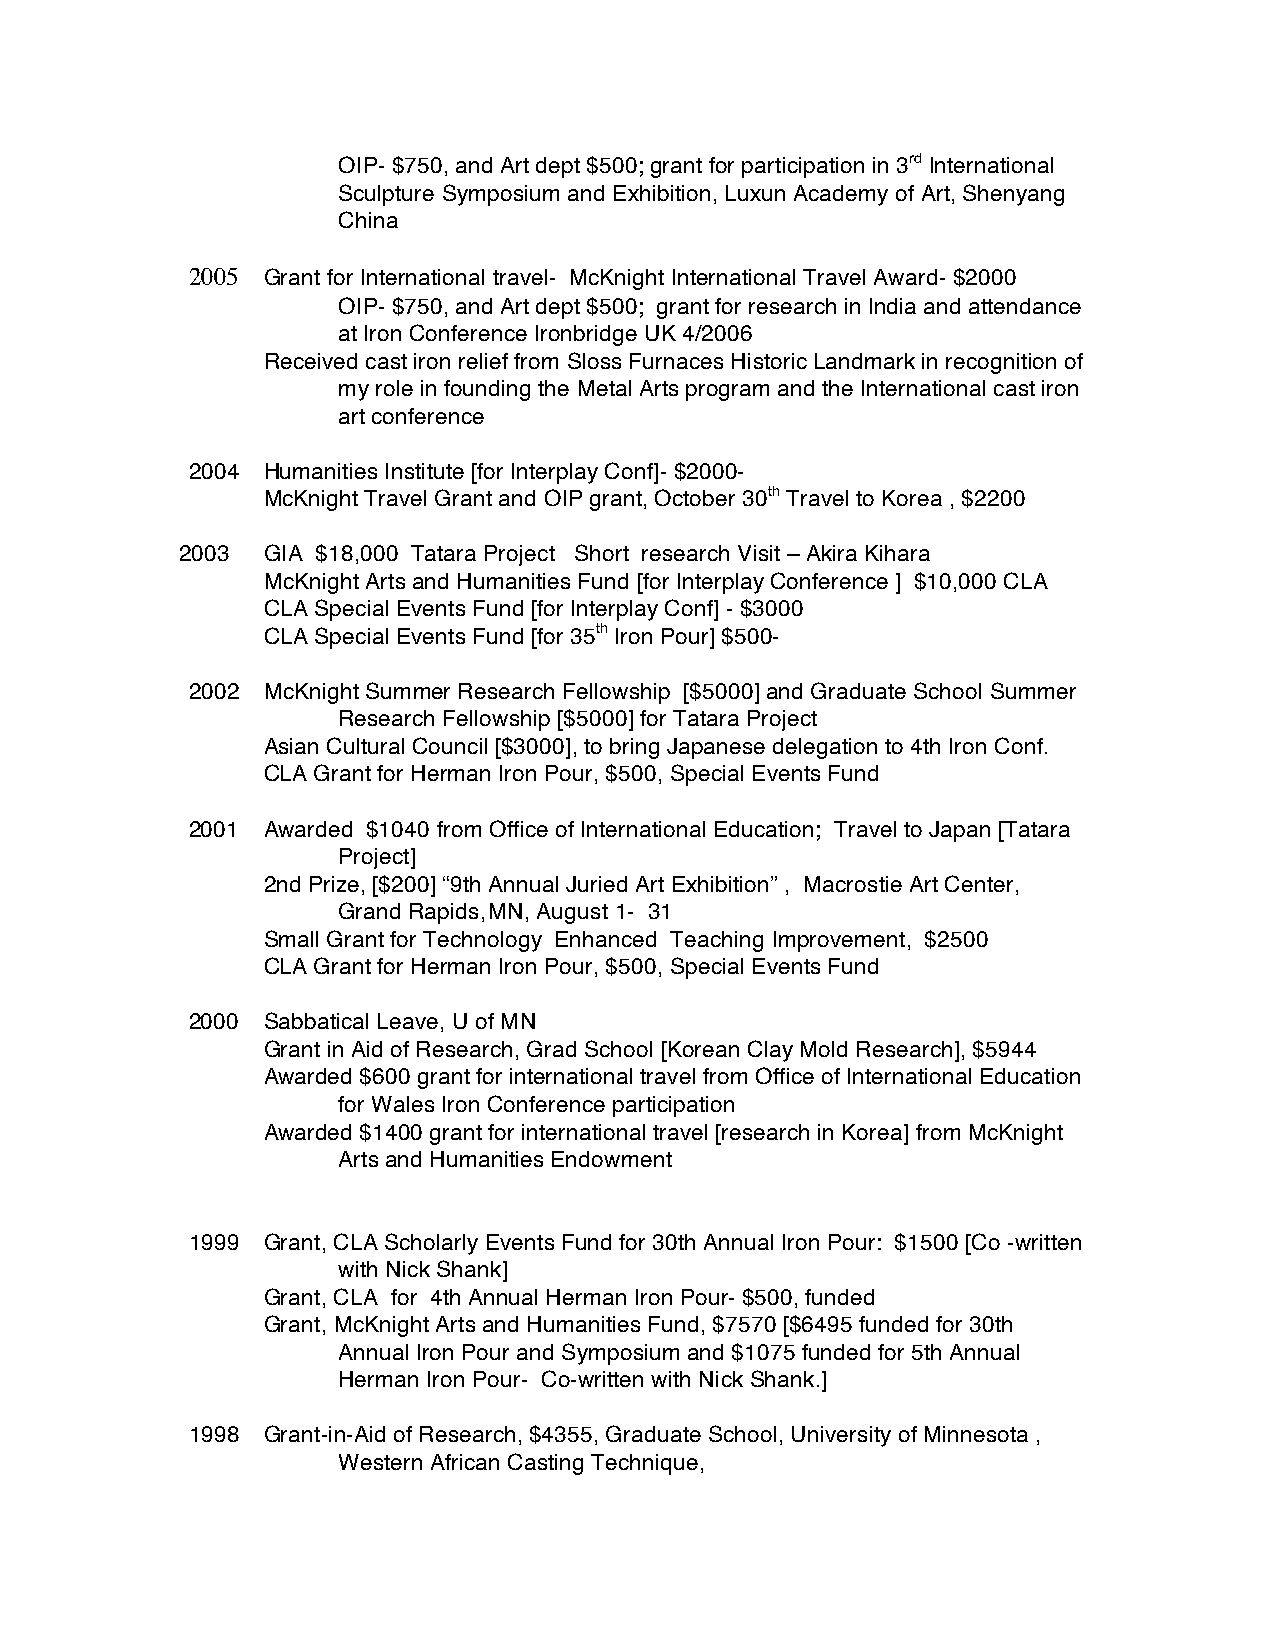
OIP- $750, and Art dept $500; grant for participation in 3rd International
 Sculpture Symposium and Exhibition, Luxun Academy of Art, Shenyang
 China
 2005 Grant for International travel- McKnight International Travel Award- $2000
 OIP- $750, and Art dept $500; grant for research in India and attendance
 at Iron Conference Ironbridge UK 4/2006
 Received cast iron relief from Sloss Furnaces Historic Landmark in recognition of
 my role in founding the Metal Arts program and the International cast iron
 art conference
 2004 Humanities Institute [for Interplay Conf]- $2000-
 McKnight Travel Grant and OIP grant, October 30th Travel to Korea , $2200
 2003 GIA $18,000 Tatara Project Short research Visit – Akira Kihara
 McKnight Arts and Humanities Fund [for Interplay Conference ] $10,000 CLA
 CLA Special Events Fund [for Interplay Conf] - $3000
 CLA Special Events Fund [for 35th Iron Pour] $500-
 2002 McKnight Summer Research Fellowship [$5000] and Graduate School Summer
 Research Fellowship [$5000] for Tatara Project
 Asian Cultural Council [$3000], to bring Japanese delegation to 4th Iron Conf.
 CLA Grant for Herman Iron Pour, $500, Special Events Fund
 2001 Awarded $1040 from Office of International Education; Travel to Japan [Tatara
 Project]
 2nd Prize, [$200] “9th Annual Juried Art Exhibition” , Macrostie Art Center,
 Grand Rapids, MN, August 1- 31
 Small Grant for Technology Enhanced Teaching Improvement, $2500
 CLA Grant for Herman Iron Pour, $500, Special Events Fund
 2000 Sabbatical Leave, U of MN
 Grant in Aid of Research, Grad School [Korean Clay Mold Research], $5944
 Awarded $600 grant for international travel from Office of International Education
 for Wales Iron Conference participation
 Awarded $1400 grant for international travel [research in Korea] from McKnight
 Arts and Humanities Endowment
 1999 Grant, CLA Scholarly Events Fund for 30th Annual Iron Pour: $1500 [Co -written
 with Nick Shank]
 Grant, CLA for 4th Annual Herman Iron Pour- $500, funded
 Grant, McKnight Arts and Humanities Fund, $7570 [$6495 funded for 30th
 Annual Iron Pour and Symposium and $1075 funded for 5th Annual
 Herman Iron Pour- Co-written with Nick Shank.]
 1998 Grant-in-Aid of Research, $4355, Graduate School, University of Minnesota ,
 Western African Casting Technique,